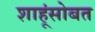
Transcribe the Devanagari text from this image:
शाहूंसोबत